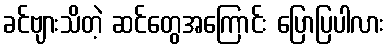
ခင်ဗျားသိတဲ့ ဆင်တွေအကြောင်း ပြောပြပါလား